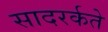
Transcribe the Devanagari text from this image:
सादरर्कते